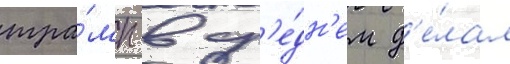
тра́мп в ср'е́дн'ем д'е́лал